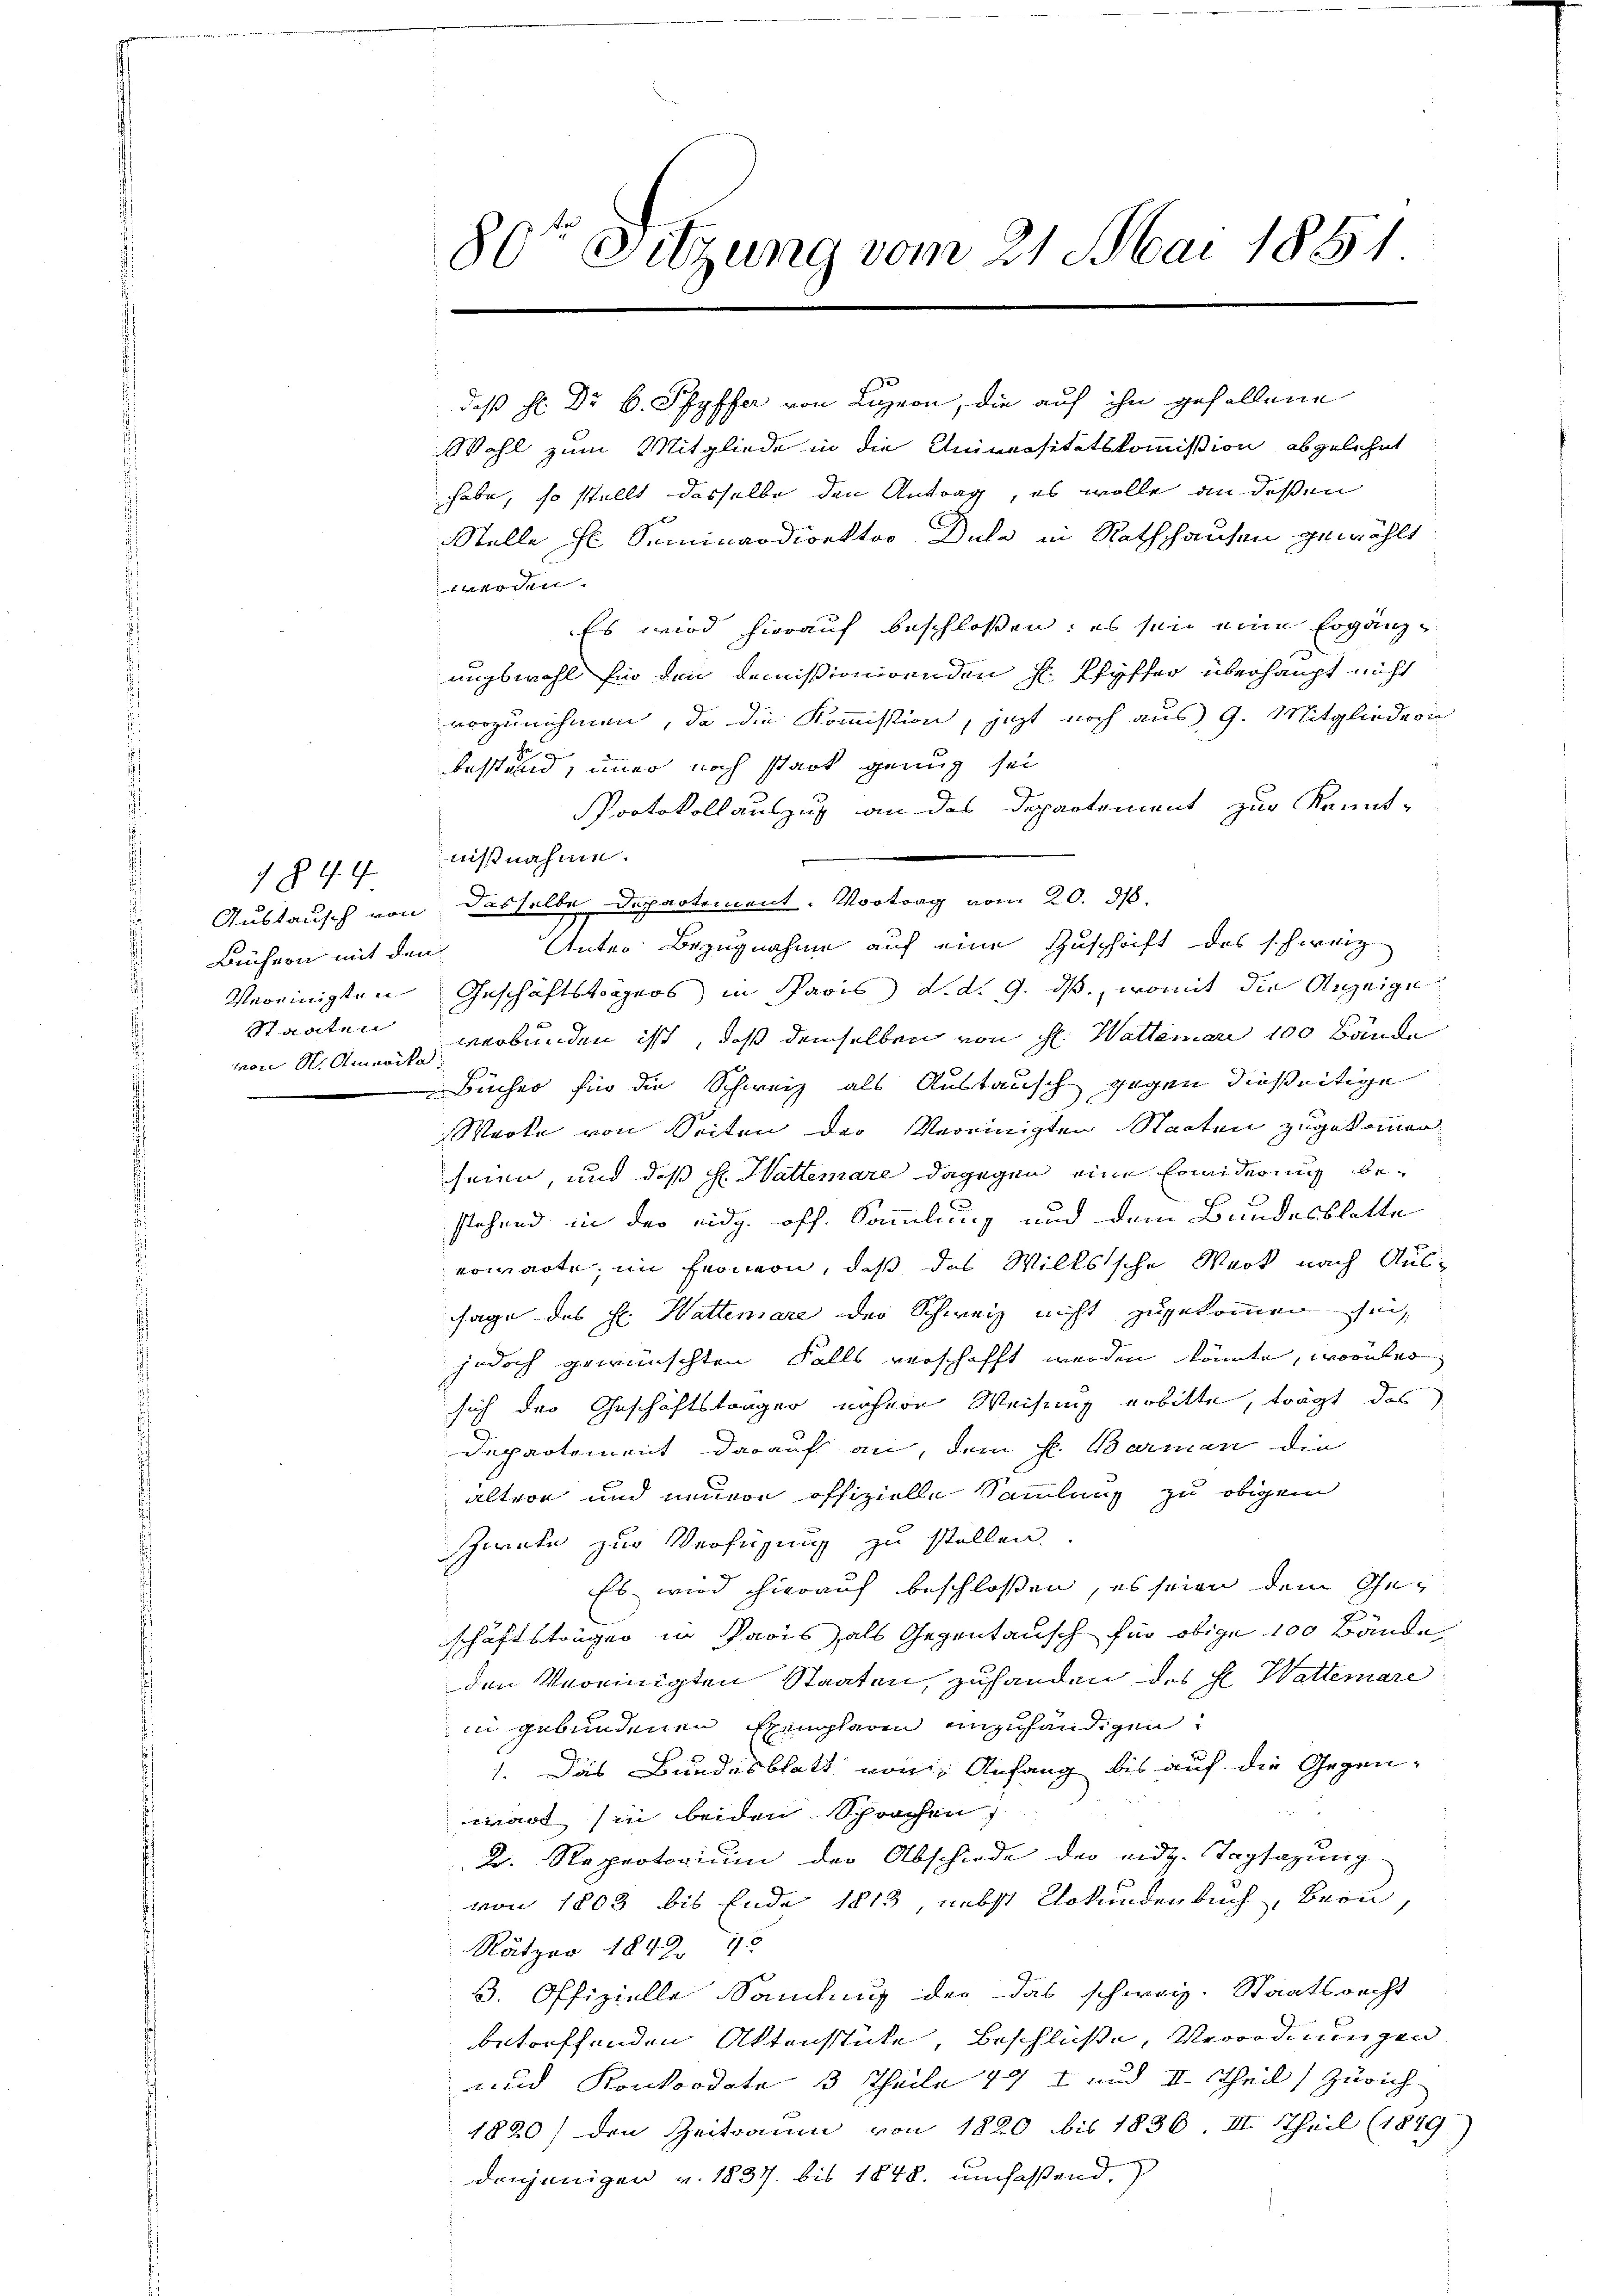
Austausch von
Büchern mit den
Vereinigten
Staaten
von N. Amerika.

844

80te Sitzung vom 21. Mai 1851

daß H. Dr. B. Pfyffer von Luzern, die auf ihn gefallene
Wahl zum Mitgliede in die Universitätskommission abgelehnt
habe, so stellt dasselbe den Antrag, es wolle an deßen
Stelle il Seminardirektor Dula in Rathhausen gewählt
.
Es wird hierauf beschlossen: es sein eine Ergänzungswohl hin den demissionirenden Hr. Pfyffer überhaupt nicht
vorzunehmen, da die Kommission, jetzt noch aus G. Mitgliedern
bestand, immer noch stark genug sei
Protokollauszug an das Departement zur Kennt-
nißnahme.
dasselbe Departement. Vortrag vom 20. 818.
Unter Bezugnahme auf eine Zuschrift des schweiz.
Geschäftsträgers in Paris d. d. 9. ds., womit die Anzeige
verbunden ist, daß demselben von H. Watterari 100 Bände
Bücher für die Schweiz als Austausch gegen dießeitige
Warte von Seiten der Vereinigten Staaten zugekommen.
seien, und daß H. Hattenare dagegen eine Erwiderung bestehend in der eidg. off. Sammlung und dem Bundesblatte
erwarte, im Fernern, daß das Wilkssche Werk nach Aussage des hl. Wattenare der Schweiz nicht zugekommen sei,
jedoch gewünschten Falls verschafft werden könnte, worüber
sich der Geschäftslänger nähere Weisung erbitte, trägt das
Departement darauf an, dem h. Barman die
altern und innern offizielle Sammlung zu obigem
Zirate zur Verfügung zu stellen.
Es wird hierauf beschlossen, es seien dem Geg
schäftsträgen in Paris, als Gegentausch für obige 100 Bande
den Vereinigten Staaten, zuhanden des Hl. Watterare
in gebundenen Exemplaren anzuhändigen.
1. Das Bundesblatt von Anfang bis auf die Gegen-
erart in beiden Sprachen
 Kr. Reprotorium der Abschiede der eidg. Tagsazung
von 1803 bis Ende 1813 nebst Urkundenbuch, Bern,
Nätzer 1842, 12
3. Offizielle Sandlung der das schweiz. Staatsrecht
betörffenden Aktensstücke, Beschluße, Verordnungen
und Konkordate 3 Theile 171 und II Theil, Zürich
1820) den Zeitraum von 1820 bis 1836. III. Theil (1849
denjenigen v. 1837. bis 1848 umfaßend,